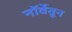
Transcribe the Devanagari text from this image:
नॉर्वेतून